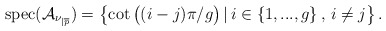
\begin{align*}\mbox{spec}(\mathcal{A}_{\nu_{\lvert \overline{p}}})=\left\{\cot\big((i-j)\pi/g \big)\, \vert\, i\in \left\{1,...,g\right\},\, i\neq j\right\}.\end{align*}